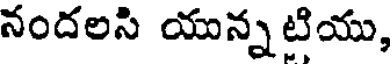
నందలసి యున్నటియు,